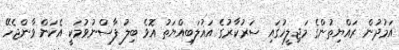
އަމުދުން ރައްޔިތުންގެ މަޖިލީހުގައި ސަރުކާރުގެ އަޣުލަބިއްޔަތު އޮވެ ބިލު ފާސްނުވުމަކީ އެކަން ވާންޖެހޭ